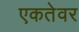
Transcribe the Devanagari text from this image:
एकतेवर